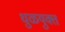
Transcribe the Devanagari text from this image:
धुळयुक्त